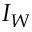
I _ { W }